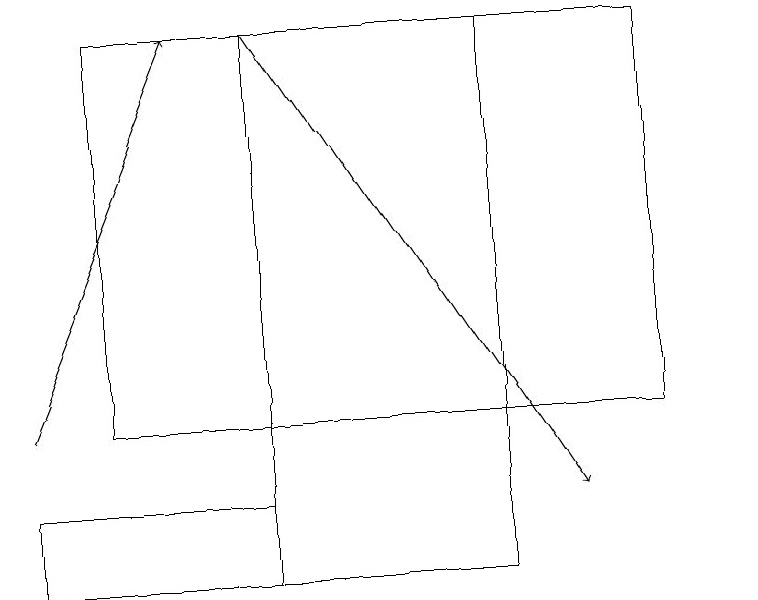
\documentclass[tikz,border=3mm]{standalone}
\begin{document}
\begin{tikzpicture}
\draw (4,13) rectangle (1,12);
\draw (10,12) circle (0);
\draw (9,19) rectangle (2,14);
\draw[->] (4,19) -- (8,13);
\draw[->] (1,14) -- (3,19);
\draw (7,19) rectangle (4,12);
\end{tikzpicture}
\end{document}